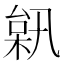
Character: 𣔗